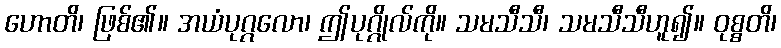
ဟောတိ၊ ဖြစ်၏။ အယံပုဂ္ဂလော၊ ဤပုဂ္ဂိုလ်ကို။ သမသီသီ၊ သမသီသီဟူ၍။ ဝုစ္စတိ၊